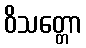
ဝိသတ္တော